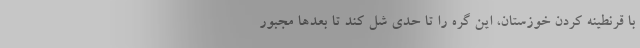
با قرنطینه کردن خوزستان، این گِره را تا حدی شُل کند تا بعدها مجبور